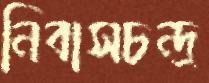
নিবাসচন্দ্র